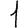
Digit: 1